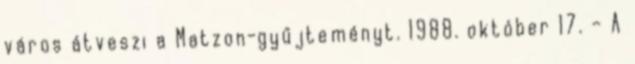
város átveszi a Matzon-gyűjteményt. 1988. október 17. – A